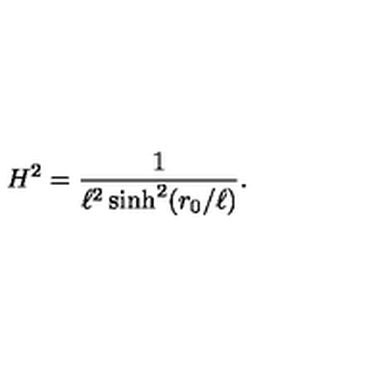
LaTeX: H ^ { 2 } = { \frac { 1 } { \ell ^ { 2 } \sinh ^ { 2 } ( r _ { 0 } / \ell ) } } .